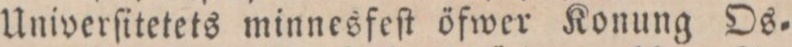
Univerſitetets minnesfeſt öfwer Konung Os=